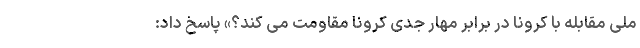
ملی مقابله با کرونا در برابر مهار جدی کرونا مقاومت می کند؟» پاسخ داد: